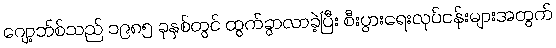
ဂျော့ဘ်စ်သည် ၁၉၈၅ ခုနှစ်တွင် ထွက်ခွာလာခဲ့ပြီး စီးပွားရေးလုပ်ငန်းများအတွက်